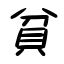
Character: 貧